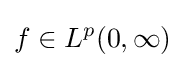
f\in L^{p}(0,\infty )